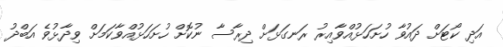
އަދި ކޯޓަށް ދައުވާ ހުށަހަޅުއްވާއިރު ރަނގަޅަށް ދިރާސާ ނުކޮށް ހުށަހަޅުއްވާކަމަށް ވިދާޅުވެ އަބްދު